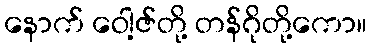
နောက် ဝေါ့ဇ်တို့ တန်ဂိုတို့ကော။